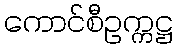
ကောင်စီဥက္ကဋ္ဌ